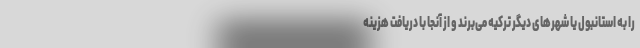
را به استانبول یا شهرهای دیگر ترکیه می‌برند و از آنجا با دریافت هزینه